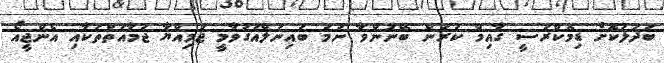
ބަދަލުކޮށް ޑިމޮކްރަސީ ގާއިމް ކުރަން ބޭނުންވާ ނަމަ ބައިނަލްއަގުވާމީ ޖަމިއްޔާ ޖަމާއަތްތަކާއި އެންޖީއޯ